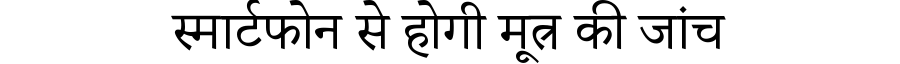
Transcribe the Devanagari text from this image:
स्मार्टफोन से होगी मूत्र की जांच